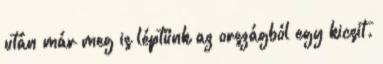
után már meg is léptünk az országból egy kicsit.